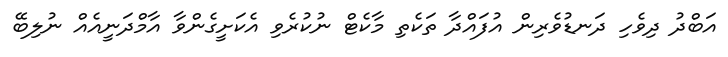
އަބްދު ދިވެހި ދަނޑުވެރިން އުފައްދާ ތަކެތި މާކެޓް ނުކުރެވި އެކަށީގެންވާ އާމްދަނީއެއް ނުލިބޭ